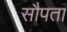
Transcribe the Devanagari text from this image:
सौपता